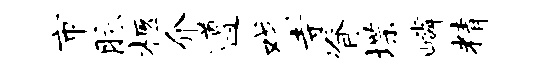
市脉柩介遵戏寺脊堞嶙精